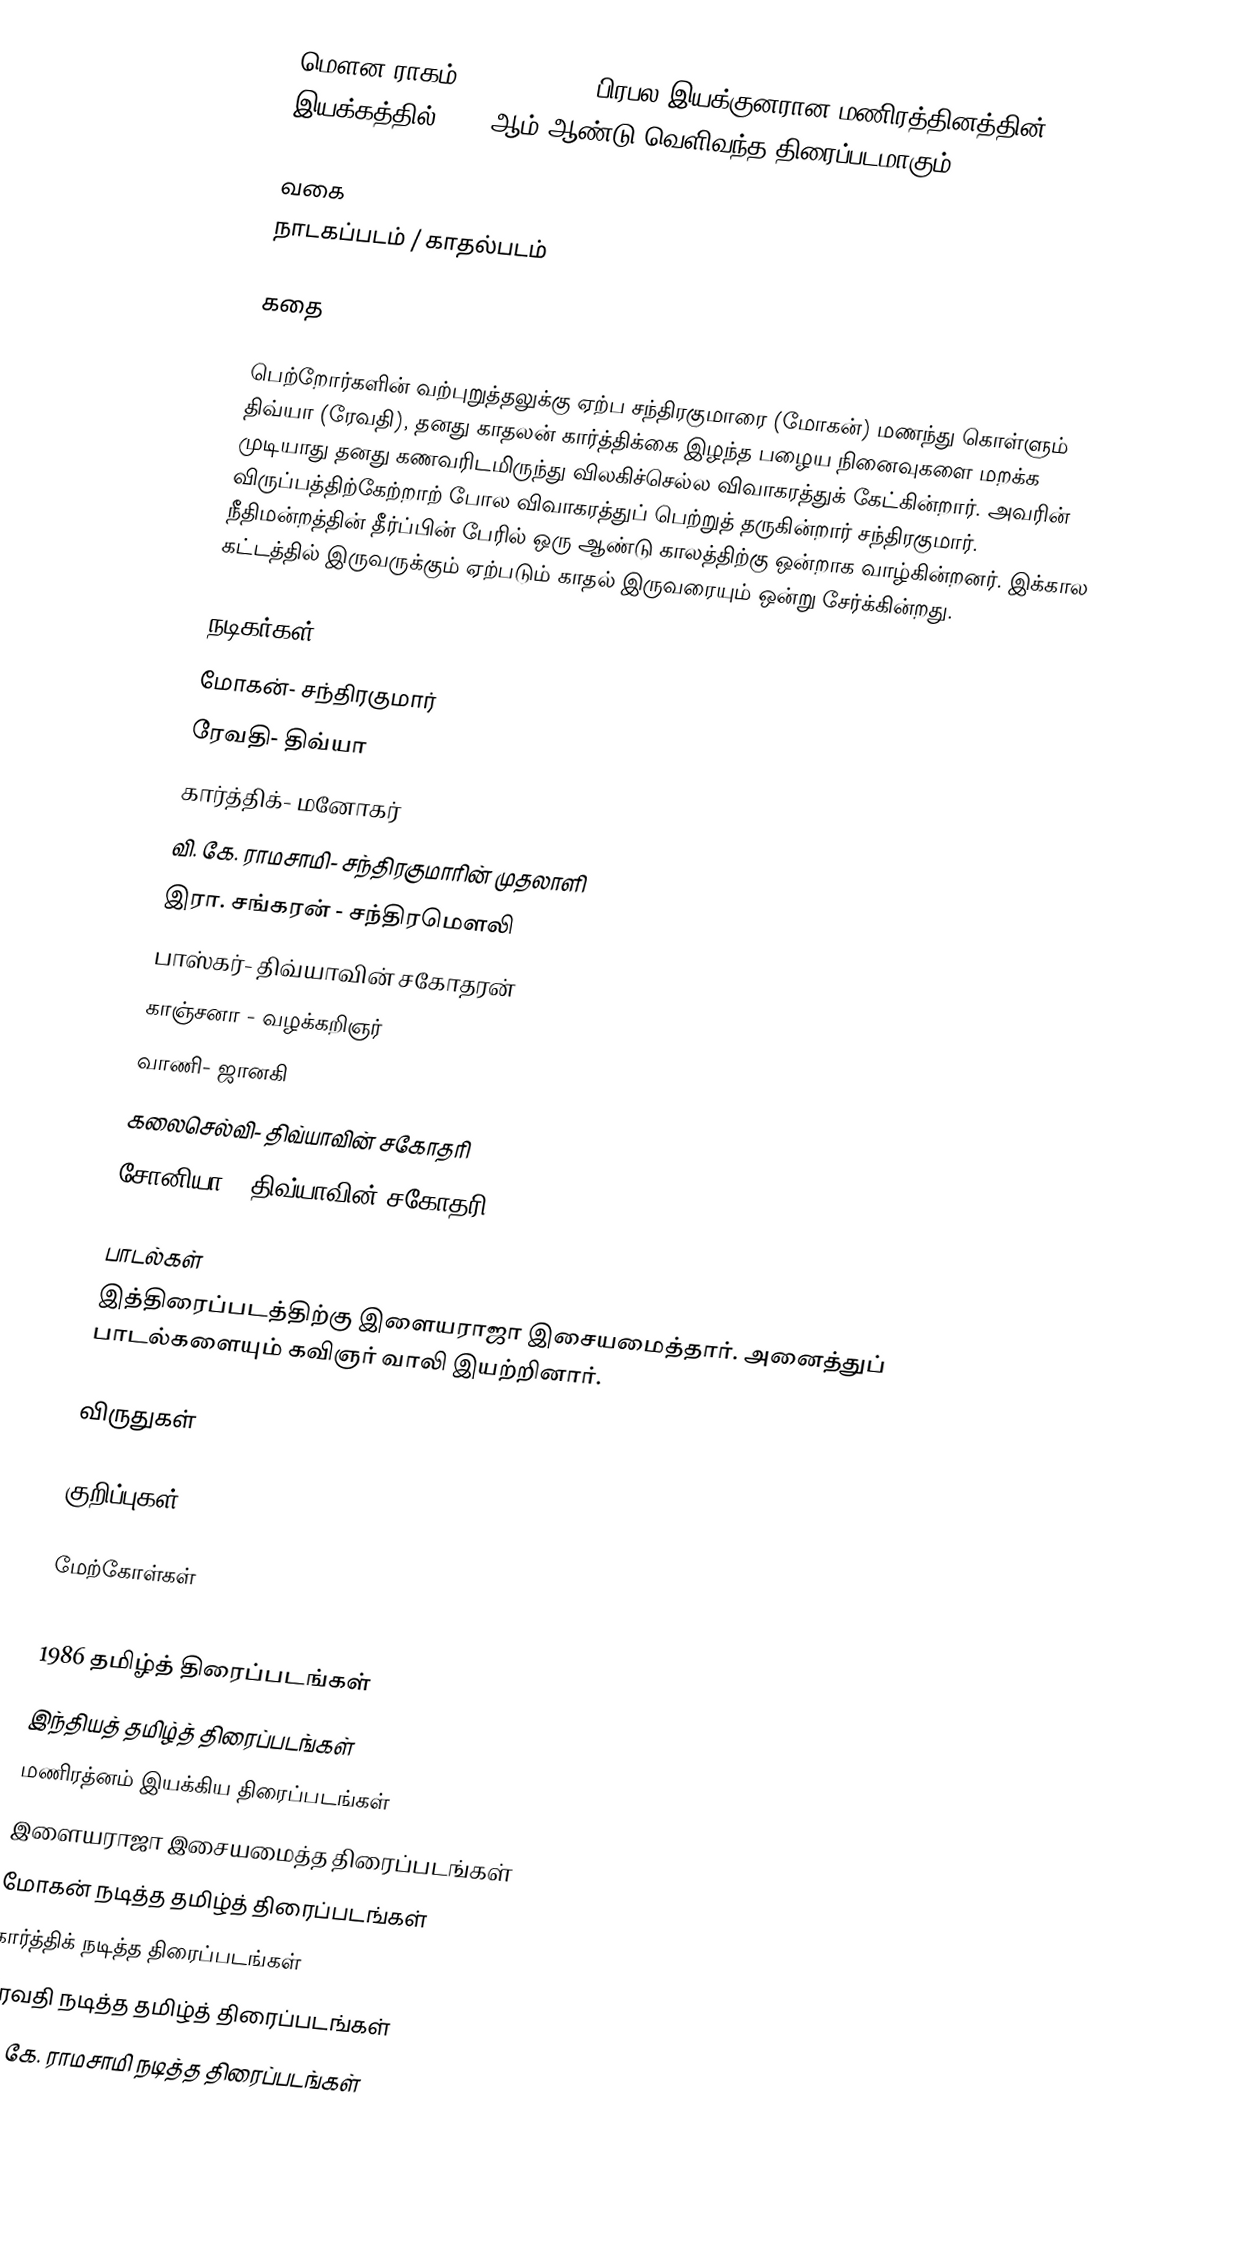
மௌன ராகம்  (Mouna Ragam) பிரபல இயக்குனரான மணிரத்தினத்தின் இயக்கத்தில் 1986 ஆம் ஆண்டு வெளிவந்த திரைப்படமாகும்.

வகை
நாடகப்படம் / காதல்படம்

கதை

பெற்றோர்களின் வற்புறுத்தலுக்கு ஏற்ப சந்திரகுமாரை (மோகன்) மணந்து கொள்ளும் திவ்யா (ரேவதி), தனது காதலன் கார்த்திக்கை இழந்த பழைய நினைவுகளை மறக்க முடியாது தனது கணவரிடமிருந்து விலகிச்செல்ல விவாகரத்துக் கேட்கின்றார். அவரின் விருப்பத்திற்கேற்றாற் போல விவாகரத்துப் பெற்றுத் தருகின்றார் சந்திரகுமார். நீதிமன்றத்தின் தீர்ப்பின் பேரில் ஒரு ஆண்டு காலத்திற்கு ஒன்றாக வாழ்கின்றனர். இக்கால கட்டத்தில் இருவருக்கும் ஏற்படும் காதல் இருவரையும் ஒன்று சேர்க்கின்றது.

நடிகர்கள்
 மோகன்- சந்திரகுமார்
 ரேவதி- திவ்யா
 கார்த்திக்- மனோகர்
 வி. கே. ராமசாமி- சந்திரகுமாரின் முதலாளி
 இரா. சங்கரன் - சந்திரமௌலி
 பாஸ்கர்- திவ்யாவின் சகோதரன்
 காஞ்சனா - வழக்கறிஞர்
 வாணி- ஜானகி
 கலைசெல்வி-  திவ்யாவின் சகோதரி
 சோனியா - திவ்யாவின் சகோதரி

பாடல்கள்
இத்திரைப்படத்திற்கு இளையராஜா இசையமைத்தார். அனைத்துப் பாடல்களையும் கவிஞர் வாலி இயற்றினார்.

விருதுகள்

குறிப்புகள்

மேற்கோள்கள்

1986 தமிழ்த் திரைப்படங்கள்
இந்தியத் தமிழ்த் திரைப்படங்கள்
மணிரத்னம் இயக்கிய திரைப்படங்கள்
இளையராஜா இசையமைத்த திரைப்படங்கள்
மோகன் நடித்த தமிழ்த் திரைப்படங்கள்
கார்த்திக் நடித்த திரைப்படங்கள்
ரேவதி நடித்த தமிழ்த் திரைப்படங்கள்
வி. கே. ராமசாமி நடித்த திரைப்படங்கள்